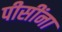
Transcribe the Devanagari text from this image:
पीसींना